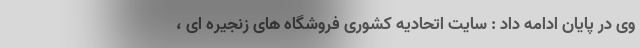
وی در پایان ادامه داد : سایت اتحادیه کشوری فروشگاه های زنجیره ای ،